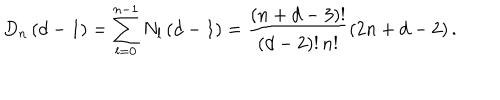
D _ { n } \left( d - 1 \right) = \sum _ { l = 0 } ^ { n - 1 } N _ { l } \left( d - 1 \right) = \frac { \left( n + d - 3 \right) ! } { \left( d - 2 \right) ! \, n ! } \left( 2 n + d - 2 \right) .